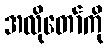
အလိုတော်ကို